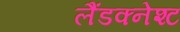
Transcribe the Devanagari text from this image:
लैंडक्नेश्ट